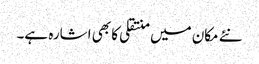
نئے مکان میں منتقلی کا بھی اشارہ ہے۔